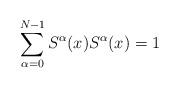
LaTeX: \begin{align*}\sum_{\alpha =0}^{N-1} S^{\alpha }(x) S^{\alpha }(x) = 1\end{align*}